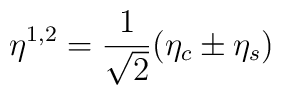
\eta^{1,2}=\frac{1}{\sqrt{2}}(\eta_c\pm\eta_s)